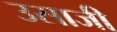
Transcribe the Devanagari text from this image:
उसाजी